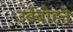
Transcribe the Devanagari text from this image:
उर्डबोहने